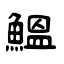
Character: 鰛